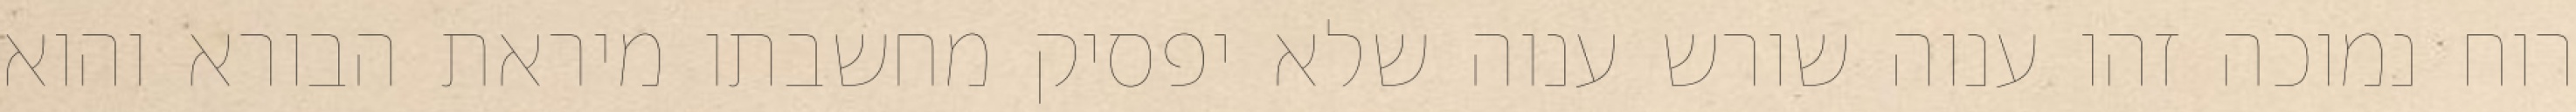
רוח נמוכה זהו ענוה שורש ענוה שלא יפסיק מחשבתו מיראת הבורא והוא